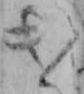
き